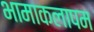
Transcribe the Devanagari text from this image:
भामाकलापम